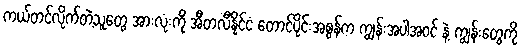
ကယ်တင်လိုက်တဲ့သူတွေ အားလုံးကို အီတလီနိုင်ငံ တောင်ပိုင်းအစွန်က ကျွန်းအပါအဝင် နဲ့ ကျွန်းတွေကို